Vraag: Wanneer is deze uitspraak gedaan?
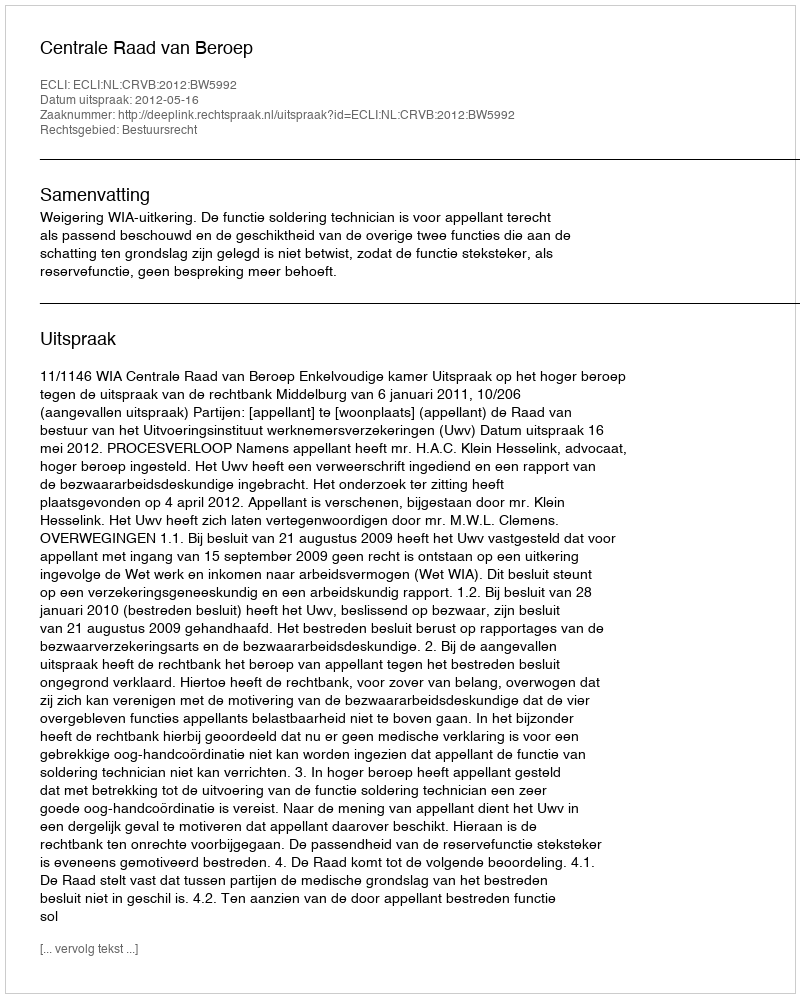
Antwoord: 2012-05-16